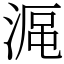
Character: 𣸰